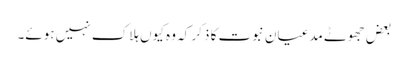
بعض جھوٹے مدعیان نبوت کا ذکر کہ وہ کیوں ہلاک نہیں ہوئے۔